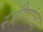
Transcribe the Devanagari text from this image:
स्त्रीयांचा